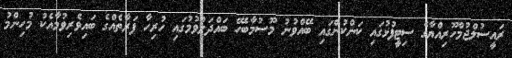
ރައީސުލްޖުމްހޫރިއްޔާގެ ސިޓީފުޅުގައި ކަންކުންގައި ބޭއްވުނު މޫސުމާބެހޭ ބައްދަލުވުމުގައި ހުރިހާ ފަރާތެއްގެ ބައިވެރިވުމާއެކު މުހިންމު